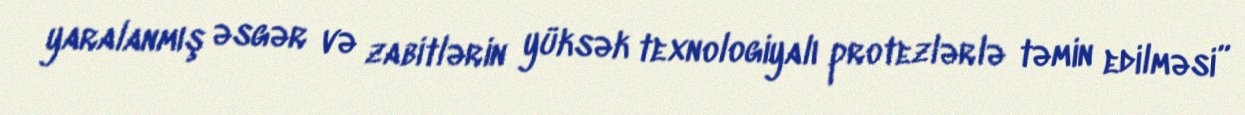
yaralanmış əsgər və zabitlərin yüksək texnologiyalı protezlərlə təmin edilməsi”